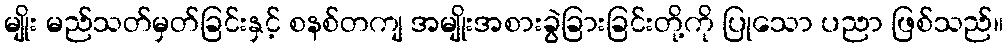
မျိုး မည်သတ်မှတ်ခြင်းနှင့် စနစ်တကျ အမျိုးအစားခွဲခြားခြင်းတို့ကို ပြုသော ပညာ ဖြစ်သည်။